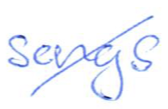
Text: songs
Cross-out: diagonal
Writing tool: ballpoint